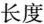
长度